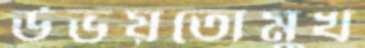
উভয়তোমুখ